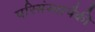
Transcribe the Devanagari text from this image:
परिसंस्थापैकी